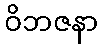
ဝိဘဇနာ